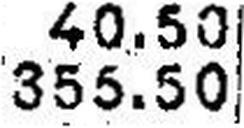
355.50